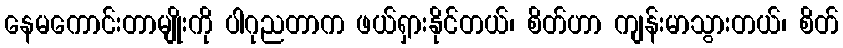
နေမကောင်းတာမျိုးကို ပါဂုညတာက ဖယ်ရှားနိုင်တယ်၊ စိတ်ဟာ ကျန်းမာသွားတယ်၊ စိတ်